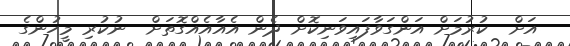
އަށް  ކުރުމަށް އަންގަވާފައިވަނިކޮށް ދެން އެއާއެއްގޮތަށް  ނުކުރި މީހުންގެ